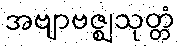
အဗျာဗဇ္ဈသုတ္တံ